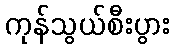
ကုန်သွယ်စီးပွား